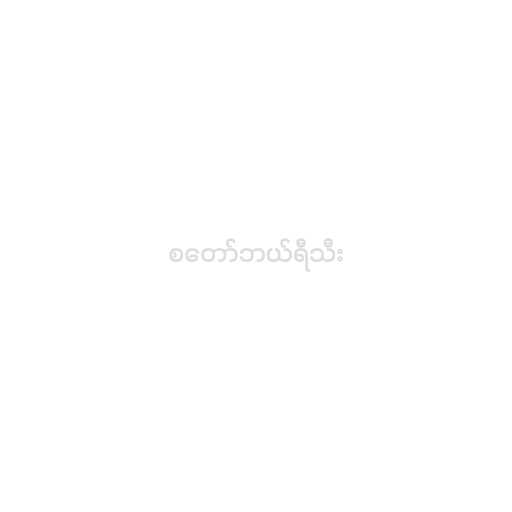
စတော်ဘယ်ရီသီး